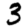
Digit: 3